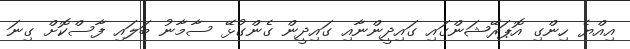
އިއްޔެ ހިންގި އޮޕަރޭޝަންގައި ގައިދީންނާއި ގައިދީން ގެންގުޅޭ ސާމާނު ބަލައި ފާސްކޮށް ގިނަ